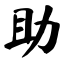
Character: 助